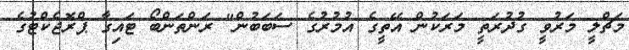
މަޗްލީ މަރުވީ ގުދުރަތީ މަރަކުން އޭތީގެ އުމުރުގެ ސަބަބުން" ރަންތަންބޯ ޓައިގާ ޕްރޮޖެކްޓުގެ